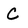
Character: C